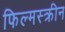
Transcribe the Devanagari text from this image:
फिल्मस्क्रीन